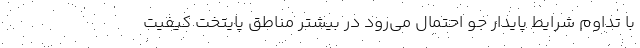
با تداوم شرایط پایدار جو احتمال می‌رود در بیشتر مناطق پایتخت کیفیت